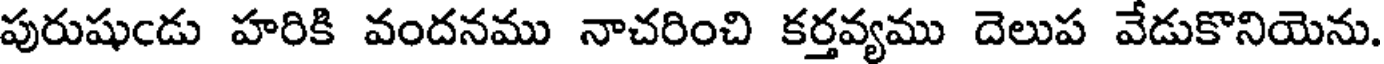
పురుషుండు హరికి వందనము నాచరించి కర్తవ్యము దెలుప వేడుకొనియెను.